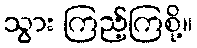
သွား ကြည့်ကြစို့။